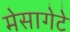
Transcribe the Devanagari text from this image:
मेसागेटे